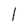
Character: l